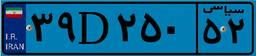
۳۹D۲۵۰۵۲